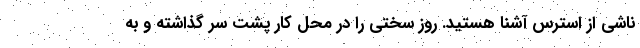
ناشی از استرس آشنا هستید. روز سختی را در محل کار پشت سر گذاشته و به